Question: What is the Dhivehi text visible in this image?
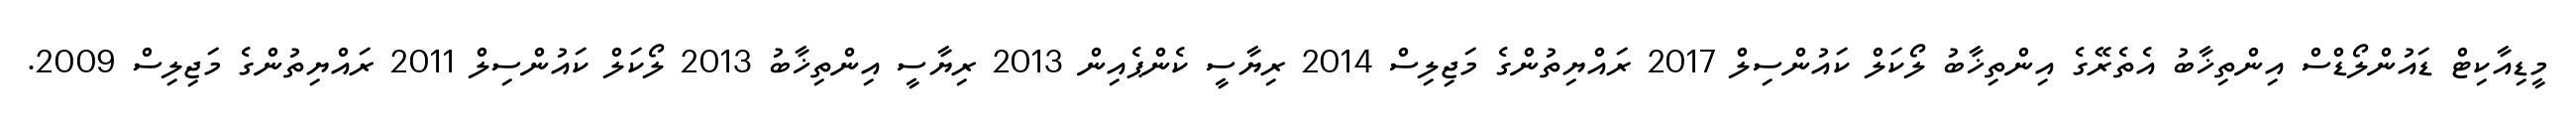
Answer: މީޑިއާކިޓް ޑައުންލޯޑްސް އިންތިޚާބު އެތެރޭގެ އިންތިޚާބު ލޯކަލް ކައުންސިލް 2017 ރައްޔިތުންގެ މަޖިލިސް 2014 ރިޔާސީ ކެންޕެއިން 2013 ރިޔާސީ އިންތިޚާބު 2013 ލޯކަލް ކައުންސިލް 2011 ރައްޔިތުންގެ މަޖިލިސް 2009.